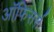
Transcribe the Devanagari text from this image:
ऑफि़सर्स